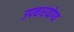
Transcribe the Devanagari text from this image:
उपचारयोग्य